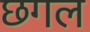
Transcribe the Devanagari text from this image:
छगल